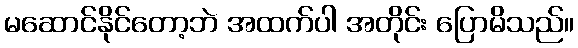
မဆောင်နိုင်တော့ဘဲ အထက်ပါ အတိုင်း ပြောမိသည်။